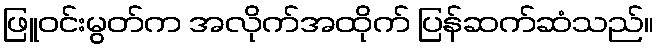
ဖြူဝင်းမွတ်က အလိုက်အထိုက် ပြန်ဆက်ဆံသည်။